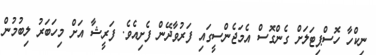
ނިކްހާ ހޮސްޕިޓަލަށް ގެންގޮސް އެމަޖެންސީގައި ފަރުވާދޭން ފެށިއެވެ. ފަރީޝާ އަށް މިހަބަރު ލިބުމުން